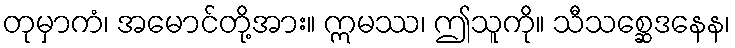
တုမှာကံ၊ အမောင်တို့အား။ ဣမဿ၊ ဤသူကို။ သီသစ္ဆေဒနေန၊